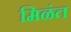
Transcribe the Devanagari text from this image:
मिळंत